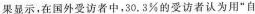
果显示，在国外受访者中，30.3%的受访者认为用”自